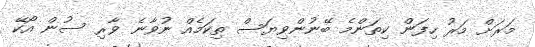
މަރަށް މަރު ހިފަން ކިތަންމެ ބޭނުންވިޔަސް ތިކަމެއް ނުވާނެ ވާރި ސުން އޯކޭ